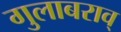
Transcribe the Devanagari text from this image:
गुलाबराव्